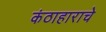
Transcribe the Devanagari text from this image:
कंठाहाराचे